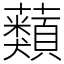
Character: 蘱